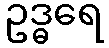
ဥဒ္ဓရေ